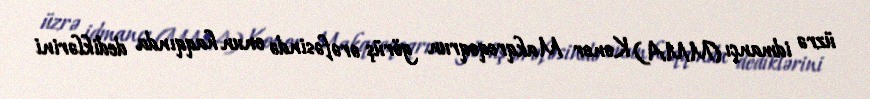
üzrə idmançı (MMA) Konor Makqreqoqrun görüş ərəfəsində onun haqqında dediklərini